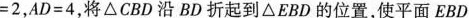
= 2$$，$$A D = 4$$，将\bigtriangleup CBD沿BD折起到\bigtriangleup EBD的位置，使平面EBD